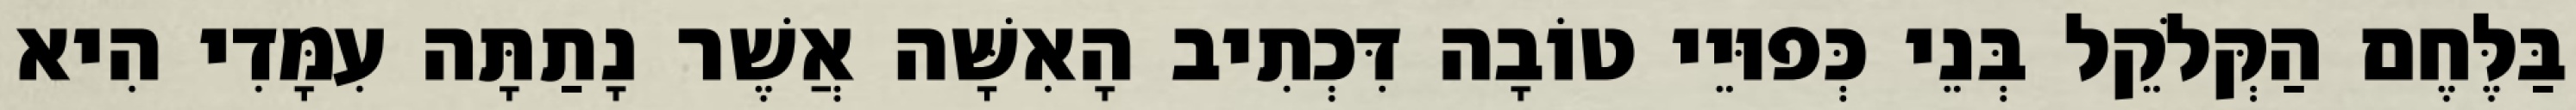
בַּלֶּחֶם הַקְּלֹקֵל בְּנֵי כְּפוּיֵי טוֹבָה דִּכְתִיב הָאִשָּׁה אֲשֶׁר נָתַתָּה עִמָּדִי הִיא